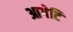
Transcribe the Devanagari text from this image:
आगेटि